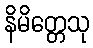
နိမိတ္တေသု